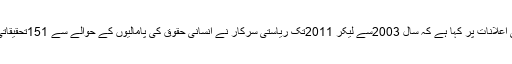
مذکورہ ادارے نے حکومت کی طرف سے مختلف مواقع پر تحقیقاتی اعلانات پر کہا ہے کہ سال 2003سے لیکر 2011تک ریاستی سرکار نے انسانی حقوق کی پامالیوں کے حوالے سے 151تحقیقاتی احکامات صادر کئے تاہم ابھی تک ٹھوس نتائج برآمد نہیں ہوئے ۔